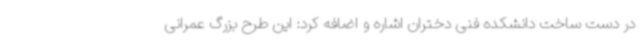
در دست ساخت دانشکده فنی دختران اشاره و اضافه کرد: این طرح بزرگ عمرانی